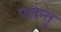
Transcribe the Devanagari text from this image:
पशन्तु